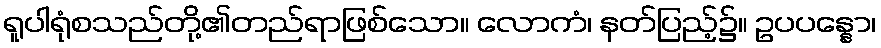
ရူပါရုံစသည်တို့၏တည်ရာဖြစ်သော။ လောကံ၊ နတ်ပြည့်၌။ ဥပပန္နော၊